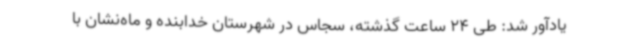
یادآور شد: طی 24 ساعت گذشته، سجاس در شهرستان خدابنده و ماه‌نشان با